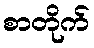
စာတိုက်